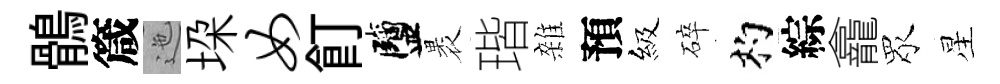
鶻箴迤垜女飣鹽褁瑎雜預級碎杓綜龕眾星